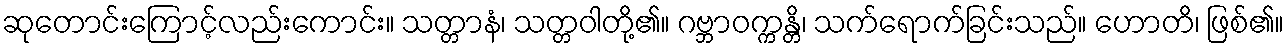
ဆုတောင်းကြောင့်လည်းကောင်း။ သတ္တာနံ၊ သတ္တဝါတို့၏။ ဂဗ္ဘာဝက္ကန္တိ၊ သက်ရောက်ခြင်းသည်။ ဟောတိ၊ ဖြစ်၏။